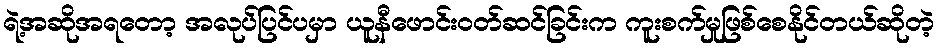
ရဲ့အဆိုအရတော့ အလုပ်ပြင်ပမှာ ယူနီဖောင်းဝတ်ဆင်ခြင်းက ကူးစက်မှုဖြစ်စေနိုင်တယ်ဆိုတဲ့